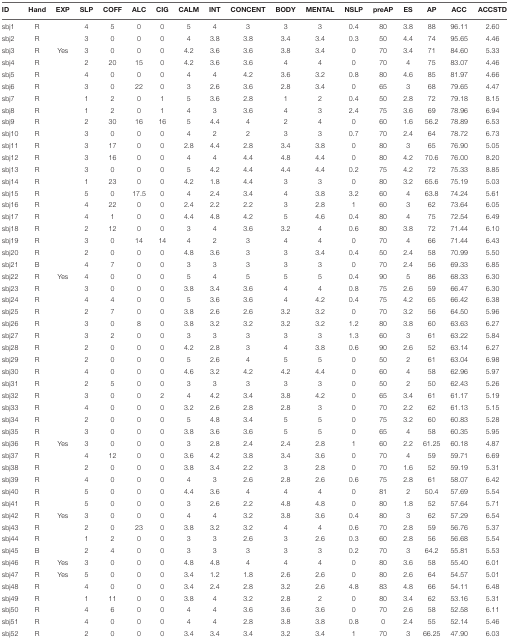
<table><thead><tr><td><b>ID</b></td><td><b>Hand</b></td><td><b>EXP</b></td><td><b>SLP</b></td><td><b>COFF</b></td><td><b>ALC</b></td><td><b>CIG</b></td><td><b>CALM</b></td><td><b>INT</b></td><td><b>CONCENT</b></td><td><b>BODY</b></td><td><b>MENTAL</b></td><td><b>NSLP</b></td><td><b>preAP</b></td><td><b>ES</b></td><td><b>AP</b></td><td><b>ACC</b></td><td><b>ACCSTD</b></td></tr></thead><tbody><tr><td>sbj1</td><td>R</td><td></td><td>4</td><td>5</td><td>0</td><td>0</td><td>5</td><td>4</td><td>3</td><td>3</td><td>3</td><td>0.4</td><td>80</td><td>3.8</td><td>88</td><td>96.11</td><td>2.60</td></tr><tr><td>sbj2</td><td>R</td><td></td><td>3</td><td>0</td><td>0</td><td>0</td><td>4</td><td>3.8</td><td>3.8</td><td>3.4</td><td>3.4</td><td>0.3</td><td>50</td><td>4.4</td><td>74</td><td>95.65</td><td>4.46</td></tr><tr><td>sbj3</td><td>R</td><td>Yes</td><td>3</td><td>0</td><td>0</td><td>0</td><td>4.2</td><td>3.6</td><td>3.6</td><td>3.8</td><td>3.4</td><td>0</td><td>70</td><td>3.4</td><td>71</td><td>84.60</td><td>5.33</td></tr><tr><td>sbj4</td><td>R</td><td></td><td>2</td><td>20</td><td>15</td><td>0</td><td>4.2</td><td>3.6</td><td>3.6</td><td>4</td><td>4</td><td>0</td><td>70</td><td>4</td><td>75</td><td>83.07</td><td>4.46</td></tr><tr><td>sbj5</td><td>R</td><td></td><td>4</td><td>0</td><td>0</td><td>0</td><td>4</td><td>4</td><td>4.2</td><td>3.6</td><td>3.2</td><td>0.8</td><td>80</td><td>4.6</td><td>85</td><td>81.97</td><td>4.66</td></tr><tr><td>sbj6</td><td>R</td><td></td><td>3</td><td>0</td><td>22</td><td>0</td><td>3</td><td>2.6</td><td>3.6</td><td>2.8</td><td>3.4</td><td>0</td><td>65</td><td>3</td><td>68</td><td>79.65</td><td>4.47</td></tr><tr><td>sbj7</td><td>R</td><td></td><td>1</td><td>2</td><td>0</td><td>1</td><td>5</td><td>3.6</td><td>2.8</td><td>1</td><td>2</td><td>0.4</td><td>50</td><td>2.8</td><td>72</td><td>79.18</td><td>8.15</td></tr><tr><td>sbj8</td><td>R</td><td></td><td>1</td><td>2</td><td>0</td><td>1</td><td>4</td><td>3</td><td>3.6</td><td>4</td><td>3</td><td>2.4</td><td>75</td><td>3.6</td><td>69</td><td>78.96</td><td>6.94</td></tr><tr><td>sbj9</td><td>R</td><td></td><td>2</td><td>30</td><td>16</td><td>16</td><td>5</td><td>4.4</td><td>4</td><td>2</td><td>4</td><td>0</td><td>60</td><td>1.6</td><td>56.2</td><td>78.89</td><td>6.53</td></tr><tr><td>sbj10</td><td>R</td><td></td><td>3</td><td>0</td><td>0</td><td>0</td><td>4</td><td>2</td><td>2</td><td>3</td><td>3</td><td>0.7</td><td>70</td><td>2.4</td><td>64</td><td>78.72</td><td>6.73</td></tr><tr><td>sbj11</td><td>R</td><td></td><td>3</td><td>17</td><td>0</td><td>0</td><td>2.8</td><td>4.4</td><td>2.8</td><td>3.4</td><td>3.8</td><td>0</td><td>80</td><td>3</td><td>65</td><td>76.90</td><td>5.05</td></tr><tr><td>sbj12</td><td>R</td><td></td><td>3</td><td>16</td><td>0</td><td>0</td><td>4</td><td>4</td><td>4.4</td><td>4.8</td><td>4.4</td><td>0</td><td>80</td><td>4.2</td><td>70.6</td><td>76.00</td><td>8.20</td></tr><tr><td>sbj13</td><td>R</td><td></td><td>3</td><td>0</td><td>0</td><td>0</td><td>5</td><td>4.2</td><td>4.4</td><td>4.4</td><td>4.4</td><td>0.2</td><td>75</td><td>4.2</td><td>72</td><td>75.33</td><td>8.85</td></tr><tr><td>sbj14</td><td>R</td><td></td><td>1</td><td>23</td><td>0</td><td>0</td><td>4.2</td><td>1.8</td><td>4.4</td><td>3</td><td>3</td><td>0</td><td>80</td><td>3.2</td><td>65.6</td><td>75.19</td><td>5.03</td></tr><tr><td>sbj15</td><td>R</td><td></td><td>5</td><td>0</td><td>17.5</td><td>0</td><td>4</td><td>2.4</td><td>3.4</td><td>4</td><td>3.8</td><td>3.2</td><td>60</td><td>4</td><td>63.8</td><td>74.24</td><td>5.61</td></tr><tr><td>sbj16</td><td>R</td><td></td><td>4</td><td>22</td><td>0</td><td>0</td><td>2.4</td><td>2.2</td><td>2.2</td><td>3</td><td>2.8</td><td>1</td><td>60</td><td>3</td><td>62</td><td>73.64</td><td>6.05</td></tr><tr><td>sbj17</td><td>R</td><td></td><td>4</td><td>1</td><td>0</td><td>0</td><td>4.4</td><td>4.8</td><td>4.2</td><td>5</td><td>4.6</td><td>0.4</td><td>80</td><td>4</td><td>75</td><td>72.54</td><td>6.49</td></tr><tr><td>sbj18</td><td>R</td><td></td><td>2</td><td>12</td><td>0</td><td>0</td><td>3</td><td>4</td><td>3.6</td><td>3.2</td><td>4</td><td>0.6</td><td>80</td><td>3.8</td><td>72</td><td>71.44</td><td>6.10</td></tr><tr><td>sbj19</td><td>R</td><td></td><td>3</td><td>0</td><td>14</td><td>14</td><td>4</td><td>2</td><td>3</td><td>4</td><td>4</td><td>0</td><td>70</td><td>4</td><td>66</td><td>71.44</td><td>6.43</td></tr><tr><td>sbj20</td><td>R</td><td></td><td>2</td><td>0</td><td>0</td><td>0</td><td>4.8</td><td>3.6</td><td>3</td><td>3</td><td>3.4</td><td>0.4</td><td>50</td><td>2.4</td><td>58</td><td>70.99</td><td>5.50</td></tr><tr><td>sbj21</td><td>B</td><td></td><td>4</td><td>7</td><td>0</td><td>0</td><td>3</td><td>3</td><td>3</td><td>3</td><td>3</td><td>0</td><td>70</td><td>2.4</td><td>56</td><td>69.33</td><td>6.85</td></tr><tr><td>sbj22</td><td>R</td><td>Yes</td><td>4</td><td>0</td><td>0</td><td>0</td><td>5</td><td>4</td><td>5</td><td>5</td><td>5</td><td>0.4</td><td>90</td><td>5</td><td>86</td><td>68.33</td><td>6.30</td></tr><tr><td>sbj23</td><td>R</td><td></td><td>3</td><td>0</td><td>0</td><td>0</td><td>3.8</td><td>3.4</td><td>3.6</td><td>4</td><td>4</td><td>0.8</td><td>75</td><td>2.6</td><td>59</td><td>66.47</td><td>6.30</td></tr><tr><td>sbj24</td><td>R</td><td></td><td>4</td><td>4</td><td>0</td><td>0</td><td>5</td><td>3.6</td><td>3.6</td><td>4</td><td>4.2</td><td>0.4</td><td>75</td><td>4.2</td><td>65</td><td>66.42</td><td>6.38</td></tr><tr><td>sbj25</td><td>R</td><td></td><td>2</td><td>7</td><td>0</td><td>0</td><td>3.8</td><td>2.6</td><td>2.6</td><td>3.2</td><td>3.2</td><td>0</td><td>70</td><td>3.2</td><td>56</td><td>64.50</td><td>5.96</td></tr><tr><td>sbj26</td><td>R</td><td></td><td>3</td><td>0</td><td>8</td><td>0</td><td>3.8</td><td>3.2</td><td>3.2</td><td>3.2</td><td>3.2</td><td>1.2</td><td>80</td><td>3.8</td><td>60</td><td>63.63</td><td>6.27</td></tr><tr><td>sbj27</td><td>R</td><td></td><td>3</td><td>2</td><td>0</td><td>0</td><td>3</td><td>3</td><td>3</td><td>3</td><td>3</td><td>1.3</td><td>60</td><td>3</td><td>61</td><td>63.22</td><td>5.84</td></tr><tr><td>sbj28</td><td>R</td><td></td><td>2</td><td>0</td><td>0</td><td>0</td><td>4.2</td><td>2.8</td><td>3</td><td>4</td><td>3.8</td><td>0.6</td><td>90</td><td>2.6</td><td>52</td><td>63.14</td><td>6.27</td></tr><tr><td>sbj29</td><td>R</td><td></td><td>2</td><td>0</td><td>0</td><td>0</td><td>5</td><td>2.6</td><td>4</td><td>5</td><td>5</td><td>0</td><td>50</td><td>2</td><td>61</td><td>63.04</td><td>6.98</td></tr><tr><td>sbj30</td><td>R</td><td></td><td>4</td><td>0</td><td>0</td><td>0</td><td>4.6</td><td>3.2</td><td>4.2</td><td>4.2</td><td>4.4</td><td>0</td><td>60</td><td>4</td><td>58</td><td>62.96</td><td>5.97</td></tr><tr><td>sbj31</td><td>R</td><td></td><td>2</td><td>5</td><td>0</td><td>0</td><td>3</td><td>3</td><td>3</td><td>3</td><td>3</td><td>0</td><td>50</td><td>2</td><td>50</td><td>62.43</td><td>5.26</td></tr><tr><td>sbj32</td><td>R</td><td></td><td>3</td><td>0</td><td>0</td><td>2</td><td>4</td><td>4.2</td><td>3.4</td><td>3.8</td><td>4.2</td><td>0</td><td>65</td><td>3.4</td><td>61</td><td>61.17</td><td>5.19</td></tr><tr><td>sbj33</td><td>R</td><td></td><td>4</td><td>0</td><td>0</td><td>0</td><td>3.2</td><td>2.6</td><td>2.8</td><td>2.8</td><td>3</td><td>0</td><td>70</td><td>2.2</td><td>62</td><td>61.13</td><td>5.15</td></tr><tr><td>sbj34</td><td>R</td><td></td><td>2</td><td>0</td><td>0</td><td>0</td><td>5</td><td>4.8</td><td>3.4</td><td>5</td><td>5</td><td>0</td><td>75</td><td>3.2</td><td>60</td><td>60.83</td><td>5.28</td></tr><tr><td>sbj35</td><td>R</td><td></td><td>3</td><td>0</td><td>0</td><td>0</td><td>3.8</td><td>3.6</td><td>3.6</td><td>5</td><td>5</td><td>0</td><td>65</td><td>4</td><td>58</td><td>60.35</td><td>5.95</td></tr><tr><td>sbj36</td><td>R</td><td>Yes</td><td>3</td><td>0</td><td>0</td><td>0</td><td>3</td><td>2.8</td><td>2.4</td><td>2.4</td><td>2.8</td><td>1</td><td>60</td><td>2.2</td><td>61.25</td><td>60.18</td><td>4.87</td></tr><tr><td>sbj37</td><td>R</td><td></td><td>4</td><td>12</td><td>0</td><td>0</td><td>3.6</td><td>4.2</td><td>3.8</td><td>3.4</td><td>3.6</td><td>0</td><td>70</td><td>4</td><td>59</td><td>59.71</td><td>6.69</td></tr><tr><td>sbj38</td><td>R</td><td></td><td>2</td><td>0</td><td>0</td><td>0</td><td>3.8</td><td>3.4</td><td>2.2</td><td>3</td><td>2.8</td><td>0</td><td>70</td><td>1.6</td><td>52</td><td>59.19</td><td>5.31</td></tr><tr><td>sbj39</td><td>R</td><td></td><td>4</td><td>0</td><td>0</td><td>0</td><td>4</td><td>3</td><td>2.6</td><td>2.8</td><td>2.6</td><td>0.6</td><td>75</td><td>2.8</td><td>61</td><td>58.07</td><td>6.42</td></tr><tr><td>sbj40</td><td>R</td><td></td><td>5</td><td>0</td><td>0</td><td>0</td><td>4.4</td><td>3.6</td><td>4</td><td>4</td><td>4</td><td>0</td><td>81</td><td>2</td><td>50.4</td><td>57.69</td><td>5.54</td></tr><tr><td>sbj41</td><td>R</td><td></td><td>5</td><td>0</td><td>0</td><td>0</td><td>3</td><td>2.6</td><td>2.2</td><td>4.8</td><td>4.8</td><td>0</td><td>80</td><td>1.8</td><td>52</td><td>57.64</td><td>5.71</td></tr><tr><td>sbj42</td><td>R</td><td>Yes</td><td>3</td><td>0</td><td>0</td><td>0</td><td>4</td><td>4</td><td>3.2</td><td>3.8</td><td>3.6</td><td>0.4</td><td>80</td><td>3</td><td>62</td><td>57.29</td><td>6.54</td></tr><tr><td>sbj43</td><td>R</td><td></td><td>2</td><td>0</td><td>23</td><td>0</td><td>3.8</td><td>3.2</td><td>3.2</td><td>4</td><td>4</td><td>0.6</td><td>70</td><td>2.8</td><td>59</td><td>56.76</td><td>5.37</td></tr><tr><td>sbj44</td><td>R</td><td></td><td>1</td><td>2</td><td>0</td><td>0</td><td>3</td><td>3</td><td>2.6</td><td>3</td><td>2.6</td><td>0.3</td><td>60</td><td>2.8</td><td>56</td><td>56.68</td><td>5.54</td></tr><tr><td>sbj45</td><td>B</td><td></td><td>2</td><td>4</td><td>0</td><td>0</td><td>3</td><td>3</td><td>3</td><td>3</td><td>3</td><td>0.2</td><td>70</td><td>3</td><td>64.2</td><td>55.81</td><td>5.53</td></tr><tr><td>sbj46</td><td>R</td><td>Yes</td><td>3</td><td>0</td><td>0</td><td>0</td><td>4.8</td><td>4.8</td><td>4</td><td>4</td><td>4</td><td>0</td><td>80</td><td>3.6</td><td>58</td><td>55.40</td><td>6.01</td></tr><tr><td>sbj47</td><td>R</td><td>Yes</td><td>5</td><td>0</td><td>0</td><td>0</td><td>3.4</td><td>1.2</td><td>1.8</td><td>2.6</td><td>2.6</td><td>0</td><td>80</td><td>2.6</td><td>64</td><td>54.57</td><td>5.01</td></tr><tr><td>sbj48</td><td>R</td><td></td><td>4</td><td>0</td><td>0</td><td>0</td><td>3.4</td><td>2.4</td><td>2.8</td><td>3.2</td><td>2.6</td><td>4.8</td><td>83</td><td>4.8</td><td>66</td><td>54.11</td><td>6.48</td></tr><tr><td>sbj49</td><td>R</td><td></td><td>1</td><td>11</td><td>0</td><td>0</td><td>3.8</td><td>4</td><td>3.2</td><td>2.8</td><td>2</td><td>0</td><td>80</td><td>3.4</td><td>62</td><td>53.16</td><td>5.31</td></tr><tr><td>sbj50</td><td>R</td><td></td><td>4</td><td>6</td><td>0</td><td>0</td><td>4</td><td>4</td><td>3.6</td><td>3.6</td><td>3.6</td><td>0</td><td>70</td><td>2.6</td><td>58</td><td>52.58</td><td>6.11</td></tr><tr><td>sbj51</td><td>R</td><td></td><td>4</td><td>0</td><td>0</td><td>0</td><td>4</td><td>4</td><td>2.8</td><td>3.8</td><td>3.8</td><td>0.8</td><td>0</td><td>2.4</td><td>55</td><td>52.14</td><td>5.46</td></tr><tr><td>sbj52</td><td>R</td><td></td><td>2</td><td>0</td><td>0</td><td>0</td><td>3.4</td><td>3.4</td><td>3.4</td><td>3.2</td><td>3.4</td><td>1</td><td>70</td><td>3</td><td>66.25</td><td>47.90</td><td>6.03</td></tr></tbody></table>